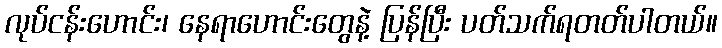
လုပ်ငန်းဟောင်း၊ နေရာဟောင်းတွေနဲ့ ပြန်ပြီး ပတ်သက်ရတတ်ပါတယ်။